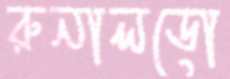
রুনালডো